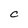
Character: C